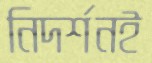
নিদর্শনই